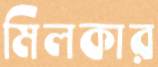
মিলকার